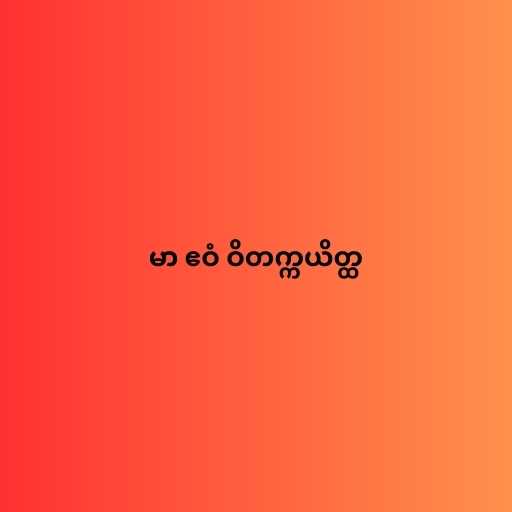
မာ ဧဝံ ဝိတက္ကယိတ္ထ